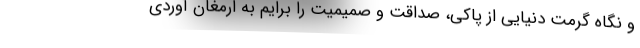
و نگاه گرمت دنیایی از پاکی، صداقت و صمیمیت را برایم به ارمغان آوردی